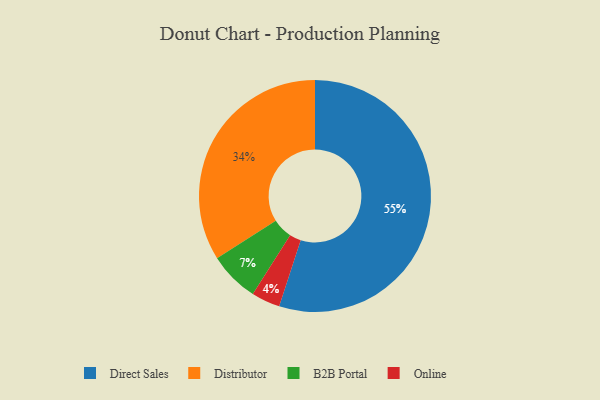
{"axis": {"x": "Category", "y": "Percentage"}, "legend": ["B2B Portal", "Direct Sales", "Distributor", "Online"], "data": [{"x": "B2B Portal", "y": 7, "type": "B2B Portal"}, {"x": "Distributor", "y": 34, "type": "Distributor"}, {"x": "Online", "y": 4, "type": "Online"}, {"x": "Direct Sales", "y": 55, "type": "Direct Sales"}]}